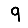
Digit: 9